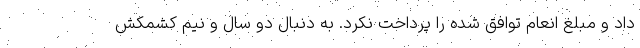
داد و مبلغ انعام توافق شده را پرداخت نکرد. به دنبال دو سال و نیم کشمکش